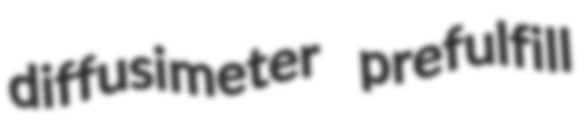
diffusimeter prefulfill